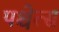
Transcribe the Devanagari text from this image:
पश्चेत्स